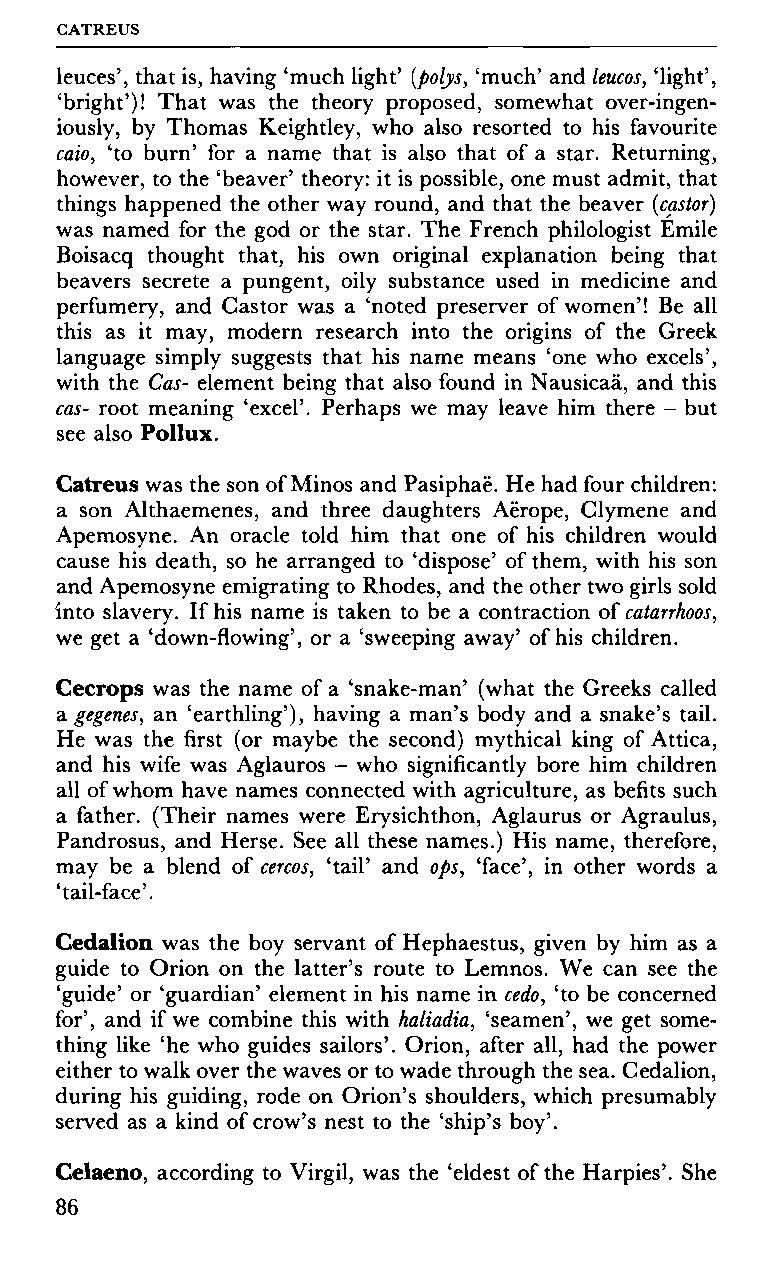
GATREUS
 leuces', that is, having 'much light' (polys, 'much' and leucos, 'light',
 'bright')! That was the theory proposed, somewhat over-ingen-
 iously, by Thomas Keightley, who also resorted to his favourite
 caio, 'to burn' for a name that is also that of a star. Returning,
 however, to the 'beaver' theory: it is possible, one must admit, that
 things happened the other way round, and that the beaver (castor)
 was named for the god or the star. The French philologist Emile
 Boisacq thought that, his own original explanation being that
 beavers secrete a pungent, oily substance used in medicine and
 perfumery, and Castor was a 'noted preserver of women'! Be all
 this as it may, modern research into the origins of the Greek
 language simply suggests that his name means 'one who excels',
 with the Cas- element being that also found in Nausicaä, and this
 cas- root meaning 'excel'. Perhaps we may leave him there - but
 see also Pollux.
 Catreus was the son of Minos and Pasiphaë. He had four children:
 a son Althaemenes, and three daughters Aërope, Clymene and
 Apemosyne. An oracle told him that one of his children would
 cause his death, so he arranged to 'dispose' of them, with his son
 and Apemosyne emigrating to Rhodes, and the other two girls sold
 into slavery. If his name is taken to be a contraction of catarrhoos,
 we get a 'down-flowing', or a 'sweeping away' of his children.
 Cecrops was the name of a 'snake-man' (what the Greeks called
 a gegenes, an 'earthling'), having a man's body and a snake's tail.
 He was the first (or maybe the second) mythical king of Attica,
 and his wife was Aglauros - who significantly bore him children
 all of whom have names connected with agriculture, as befits such
 a father. (Their names were Erysichthon, Aglaurus or Agraulus,
 Pandrosus, and Herse. See all these names.) His name, therefore,
 may be a blend of cercos, 'tail' and ops, 'face', in other words a
 'tail-face'.
 Cedalion was the boy servant of Hephaestus, given by him as a
 guide to Orion on the latter's route to Lemnos. We can see the
 'guide' or 'guardian' element in his name in cedo, 'to be concerned
 for', and if we combine this with haliadia, 'seamen', we get some
 thing like 'he who guides sailors'. Orion, after all, had the power
 either to walk over the waves or to wade through the sea. Cedalion,
 during his guiding, rode on Orion's shoulders, which presumably
 served as a kind of crow's nest to the 'ship's boy'.
 Celaeno, according to Virgil, was the 'eldest of the Harpies'. She
 86